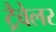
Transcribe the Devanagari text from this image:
ट्रैवेलर